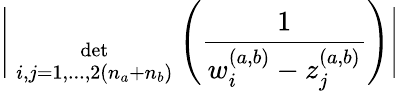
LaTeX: \Bigg|{\; \atop{\mathrm{det}\atop{\scriptstyle i,j=1,...,2(n_{a}+n_{b})}}}\Bigg(\frac{1}{w_{i}^{(a,b)}-z_{j}^{(a,b)}}\Bigg)\Bigg|